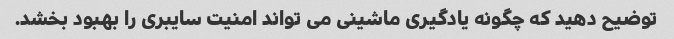
توضیح دهید که چگونه یادگیری ماشینی می تواند امنیت سایبری را بهبود بخشد.